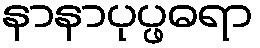
နာနာပုပ္ဖဓရာ